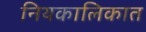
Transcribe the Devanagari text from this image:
नियकालिकात